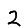
Digit: 2